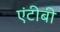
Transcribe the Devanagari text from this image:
एंटीबी